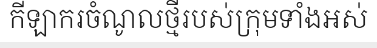
កីឡាករចំណូលថ្មីរបស់ក្រុមទាំងអស់